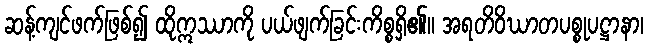
ဆန့်ကျင်ဖက်ဖြစ်၍ ထိုဣဿာကို ပယ်ဖျက်ခြင်းကိစ္စရှိ၏။ အရတိဝိဃာတပစ္စုပဋ္ဌာနာ၊